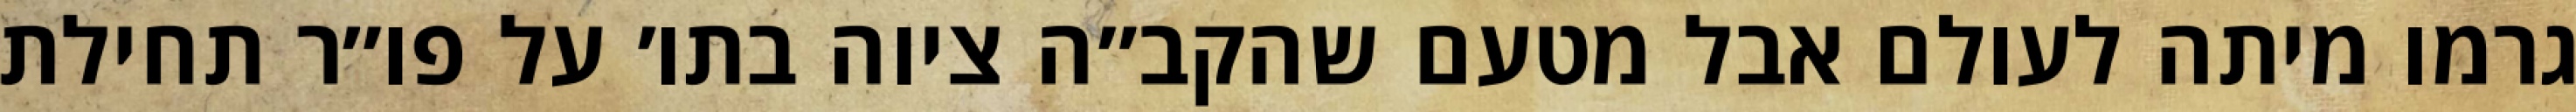
גרמו מיתה לעולם אבל מטעם שהקב״ה ציוה בתו׳ על פו״ר תחילת